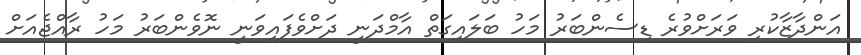
އަންދާޒާކުރި ވަރަށްވުރެ ޑިސެންބަރު މަހު ބަލައިގަތް އާމްދަނީ ދަށްވެފައިވަނީ ނޮވެންބަރު މަހު ރާއްޖެއަށް